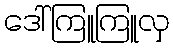
ဒေါ်ကြူကြူလှ